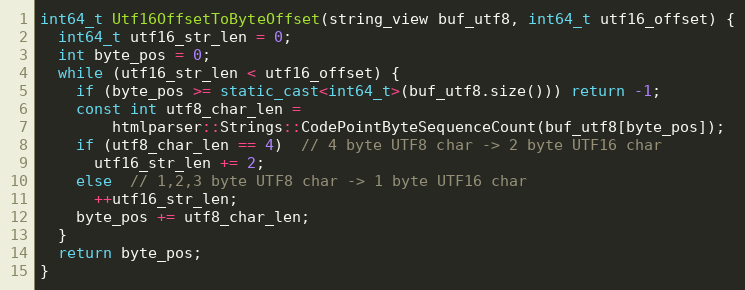
Language: C++
int64_t Utf16OffsetToByteOffset(string_view buf_utf8, int64_t utf16_offset) {
  int64_t utf16_str_len = 0;
  int byte_pos = 0;
  while (utf16_str_len < utf16_offset) {
    if (byte_pos >= static_cast<int64_t>(buf_utf8.size())) return -1;
    const int utf8_char_len =
        htmlparser::Strings::CodePointByteSequenceCount(buf_utf8[byte_pos]);
    if (utf8_char_len == 4)  // 4 byte UTF8 char -> 2 byte UTF16 char
      utf16_str_len += 2;
    else  // 1,2,3 byte UTF8 char -> 1 byte UTF16 char
      ++utf16_str_len;
    byte_pos += utf8_char_len;
  }
  return byte_pos;
}